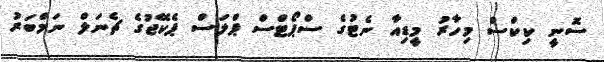
ސޮނީ ކިކްސް މިހާރު މީޑިއާ ނެޓުގެ ސްޕޯޓްސް ޕްލަސް ޕެކޭޖުގެ ޗެނަލް ނަމްބަރު